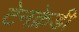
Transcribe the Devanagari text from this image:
टेनक्रेडी